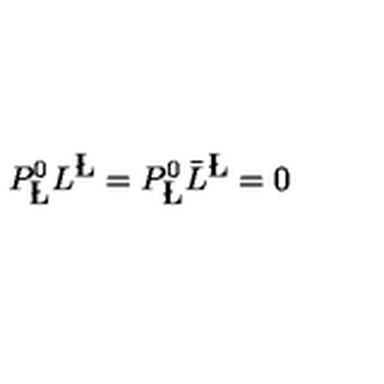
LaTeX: P _ { { \bf \L } } ^ { 0 } L ^ { { \bf \L } } = P _ { { \bf \L } } ^ { 0 } { \bar { L } } ^ { { \bf \L } } = 0